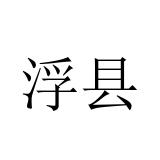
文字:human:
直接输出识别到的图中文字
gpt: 浮县